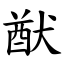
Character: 猷